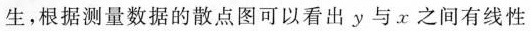
生，根据测量数据的散点图可以看出y与x之间有线性